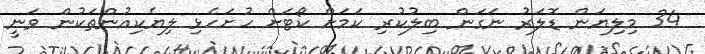
34 މިލިޔަން ޑޮލަރު ނަގަން ބިލުކުރި ކަމަށް ކޯޓަށް ހުށަހެޅި ލިޔެކިއުންތަކުން ވަނީ